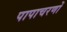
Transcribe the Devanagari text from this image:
पापाचरणों